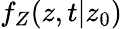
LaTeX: f_{Z}(z,t\vert z_{0})